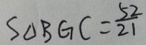
S _ { \Delta } B G C = \frac { 5 2 } { 2 1 }